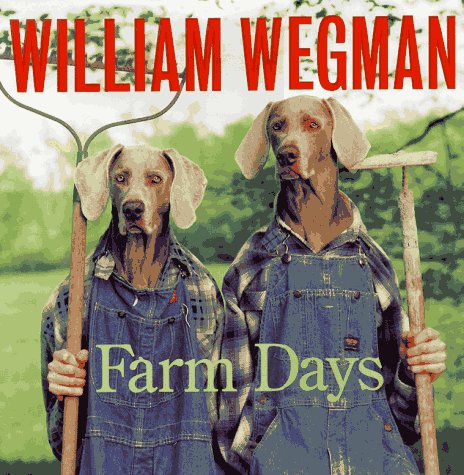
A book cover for William Wegman's Farm Days; William Wegman; Children's Books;